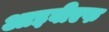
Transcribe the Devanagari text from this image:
आइवीएफ